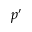
p ^ { \prime }